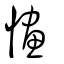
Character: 㦎